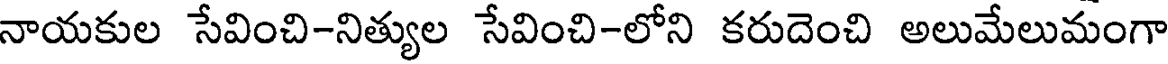
నాయకుల సేవించి-నిత్యుల సేవించి-లోని కరుదెంచి అలుమేలుమంగా